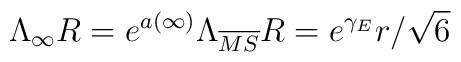
\Lambda _{\infty} R = e ^{a(\infty)} \Lambda _{\overline{MS}} R = e ^{\gamma _E} r / \sqrt{6}